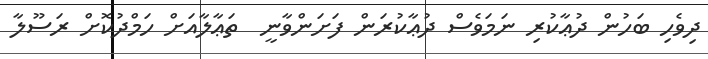
ދިވެހި ބަހުން ދުޢާކުރި ނަމަވެސް ދުޢާކުރަން ފަށަންވާނީ  ތަޢާލާއަށް ހަމްދުކޮށް ރަސޫލާ